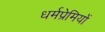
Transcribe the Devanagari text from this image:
धर्मप्रेमियों